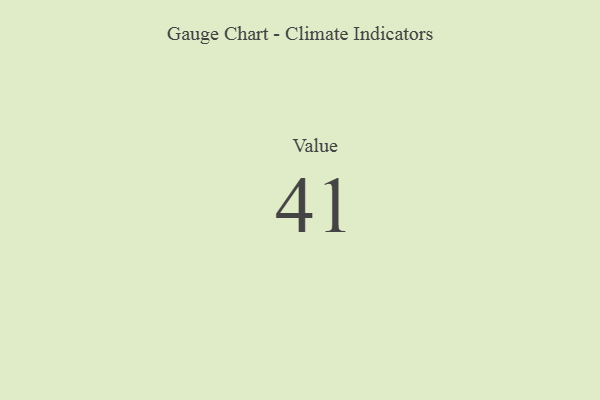
{"axis": {"x": "Metric", "y": "Value"}, "legend": [""], "data": [{"x": "Value", "y": 41, "type": ""}]}